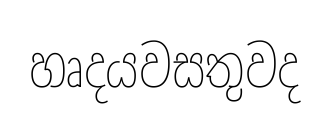
හෘදයවසතුවද